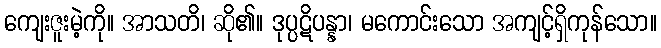
ကျေးဇူးမဲ့ကို။ အာသတိ၊ ဆို၏။ ဒုပ္ပဋိပန္နာ၊ မကောင်းသော အကျင့်ရှိကုန်သော။